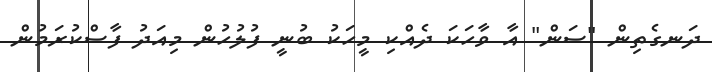
ދަނގެތިން "ސަން" އާ ވާހަކަ ދެއްކި މީހަކު ބުނީ ފުލުހުން މިއަދު ފާސްކުރަމުން